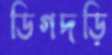
ডিগদড়ি